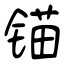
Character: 锚